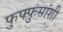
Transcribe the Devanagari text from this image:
फुफ्फुसांशी